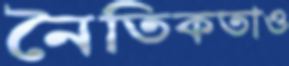
নৈতিকতাও